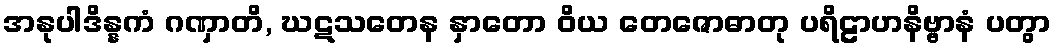
အနုပါဒိန္နကံ ဂဏှာတိ, ဃဋသတေန နှာတော ဝိယ တေဇောဓာတု ပရိဠာဟနိဗ္ဗာနံ ပတွာ